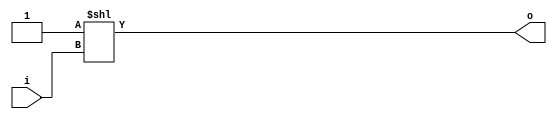
// This program was cloned from: https://github.com/NYU-MLDA/OpenABC
// License: BSD 3-Clause "New" or "Revised" License

module bsg_decode_num_out_p4
(
  i,
  o
);

  input [1:0] i;
  output [3:0] o;
  wire [3:0] o;
  assign o = { 1'b0, 1'b0, 1'b0, 1'b1 } << i;

endmodule